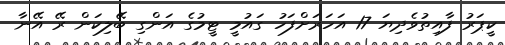
ކީޕަރު ފާއިތުވެދިޔަ 17 އަހަރަށްފަހު ގައުމީ ޓީމުގެ އަންގި ބޭލިކަން ރޭ އޭނާ